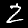
Label: 2